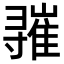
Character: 𪧾